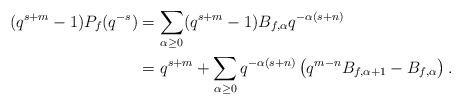
LaTeX: \begin{align*} (q^{s+m}-1) P_f(q^{-s})& = \sum_{\alpha \geq 0} (q^{s+m}-1) B_{f,\alpha} q^{-\alpha(s+n)} \\&= q^{s+m} + \sum_{\alpha \geq 0} q^{-\alpha(s+n)} \left( q^{m-n}B_{f,\alpha+1}- B_{f,\alpha}\right).\end{align*}